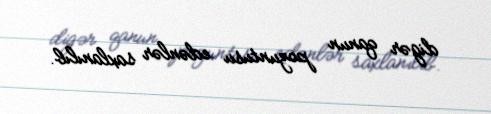
digər qanun pozuntusu edənlər saxlanılıb.